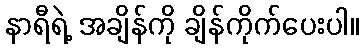
နာရီရဲ့ အချိန်ကို ချိန်ကိုက်ပေးပါ။